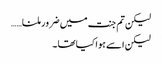
لیکن تم جنت میں ضرور ملنا……
لیکن اسے ہوا کیا تھا۔